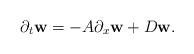
LaTeX: \begin{align*}\partial_{t}\textbf{w} = - A\partial_{x}\textbf{w}+D\textbf{w}.\end{align*}